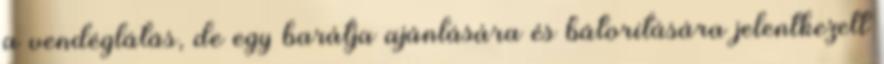
a vendéglátás, de egy barátja ajánlására és bátorítására jelentkezett